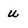
Character: u